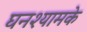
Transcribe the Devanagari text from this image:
घनश्यामके